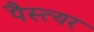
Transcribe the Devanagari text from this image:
पैस्त्यर